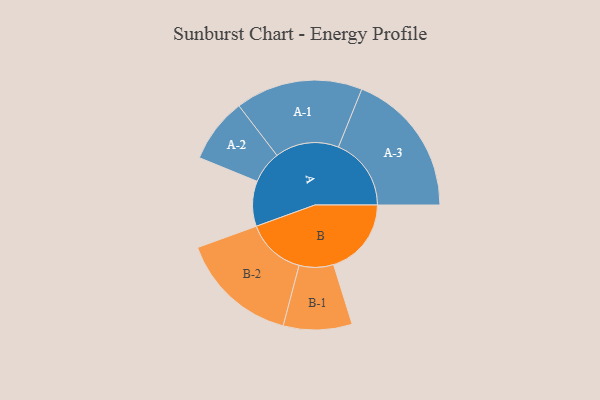
{"axis": {"x": "Segment", "y": "Value"}, "legend": ["", "A", "B"], "data": [{"x": "A", "y": 163, "type": ""}, {"x": "B", "y": 281, "type": ""}, {"x": "A-1", "y": 230, "type": "A"}, {"x": "A-2", "y": 117, "type": "A"}, {"x": "A-3", "y": 263, "type": "A"}, {"x": "B-1", "y": 124, "type": "B"}, {"x": "B-2", "y": 214, "type": "B"}]}